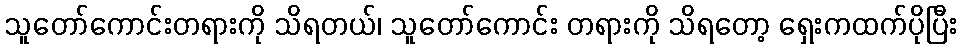
သူတော်ကောင်းတရားကို သိရတယ်၊ သူတော်ကောင်း တရားကို သိရတော့ ရှေးကထက်ပိုပြီး